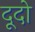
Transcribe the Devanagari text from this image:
दूदो